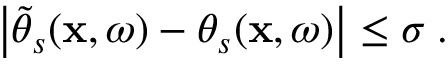
\left| \widetilde { \theta } _ { s } ( \mathbf { x } , \omega ) - \theta _ { s } ( \mathbf { x } , \omega ) \right| \leq \sigma \; .